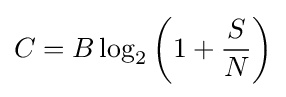
C=B\log _{2}\left(1+{\frac {S}{N}}\right)